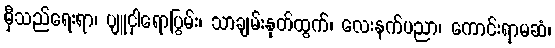
မှီသည်ရေးရာ၊ ပျူငှါရောပြွမ်း၊ သာချမ်းနုတ်ထွက်၊ လေးနက်ပညာ၊ ကောင်းရာမဆံ၊